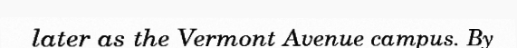
later as the Vermont Avenue campus. By